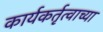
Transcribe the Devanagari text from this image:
कार्यकर्तृत्वाच्या